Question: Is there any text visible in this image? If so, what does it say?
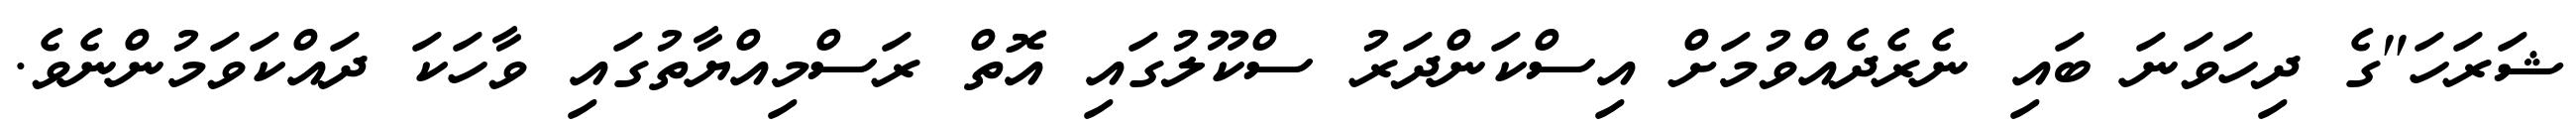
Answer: ޝަރަހަ"ގެ ދިހަވަނަ ބައި ނެރެދެއްވުމަށް އިސްކަންދަރު ސްކޫލުގައި އޮތް ރަސްމިއްޔާތުގައި ވާހަކަ ދައްކަވަމުންނެވެ.